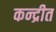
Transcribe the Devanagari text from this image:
कन्द्रीत